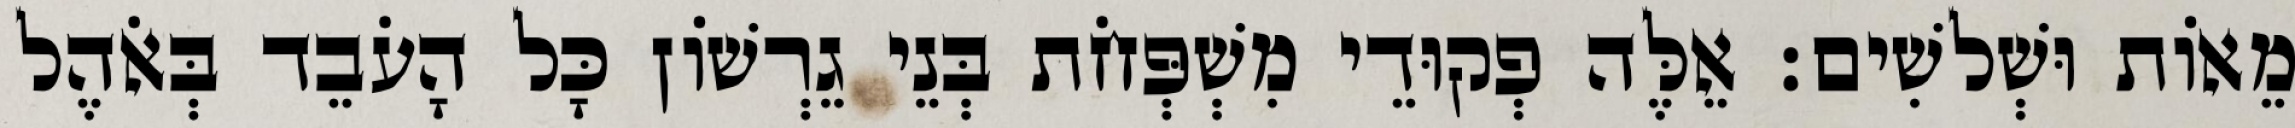
מֵאוֹת וּשְׁלשִׁים׃ אֵלֶּה פְקוּדֵי מִשְׁפְּחֹת בְּנֵי גֵרְשׁוֹן כָּל הָעֹבֵד בְּאֹהֶל